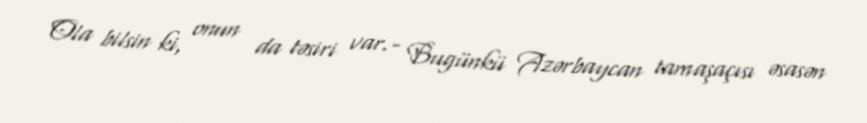
Ola bilsin ki, onun da təsiri var.- Bugünkü Azərbaycan tamaşaçısı əsasən